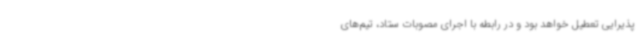
پذیرایی تعطیل خواهد بود و در رابطه با اجرای مصوبات ستاد، تیم‌های